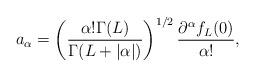
LaTeX: \begin{align*}a_{\alpha}=\left(\frac{\alpha!\Gamma(L)}{\Gamma(L+|\alpha|)}\right)^{1/2}\frac{\partial^{\alpha}f_L(0)}{\alpha!}, \end{align*}